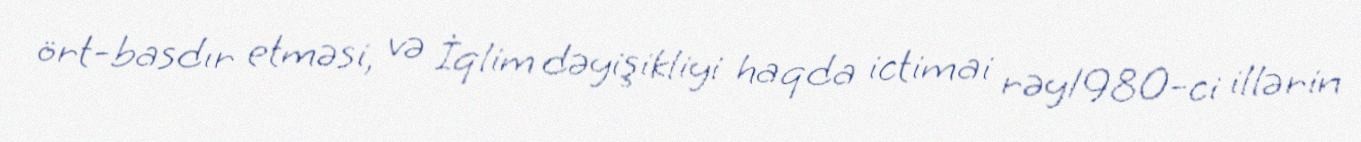
ört-basdır etməsi, və İqlim dəyişikliyi haqda ictimai rəy1980-ci illərin